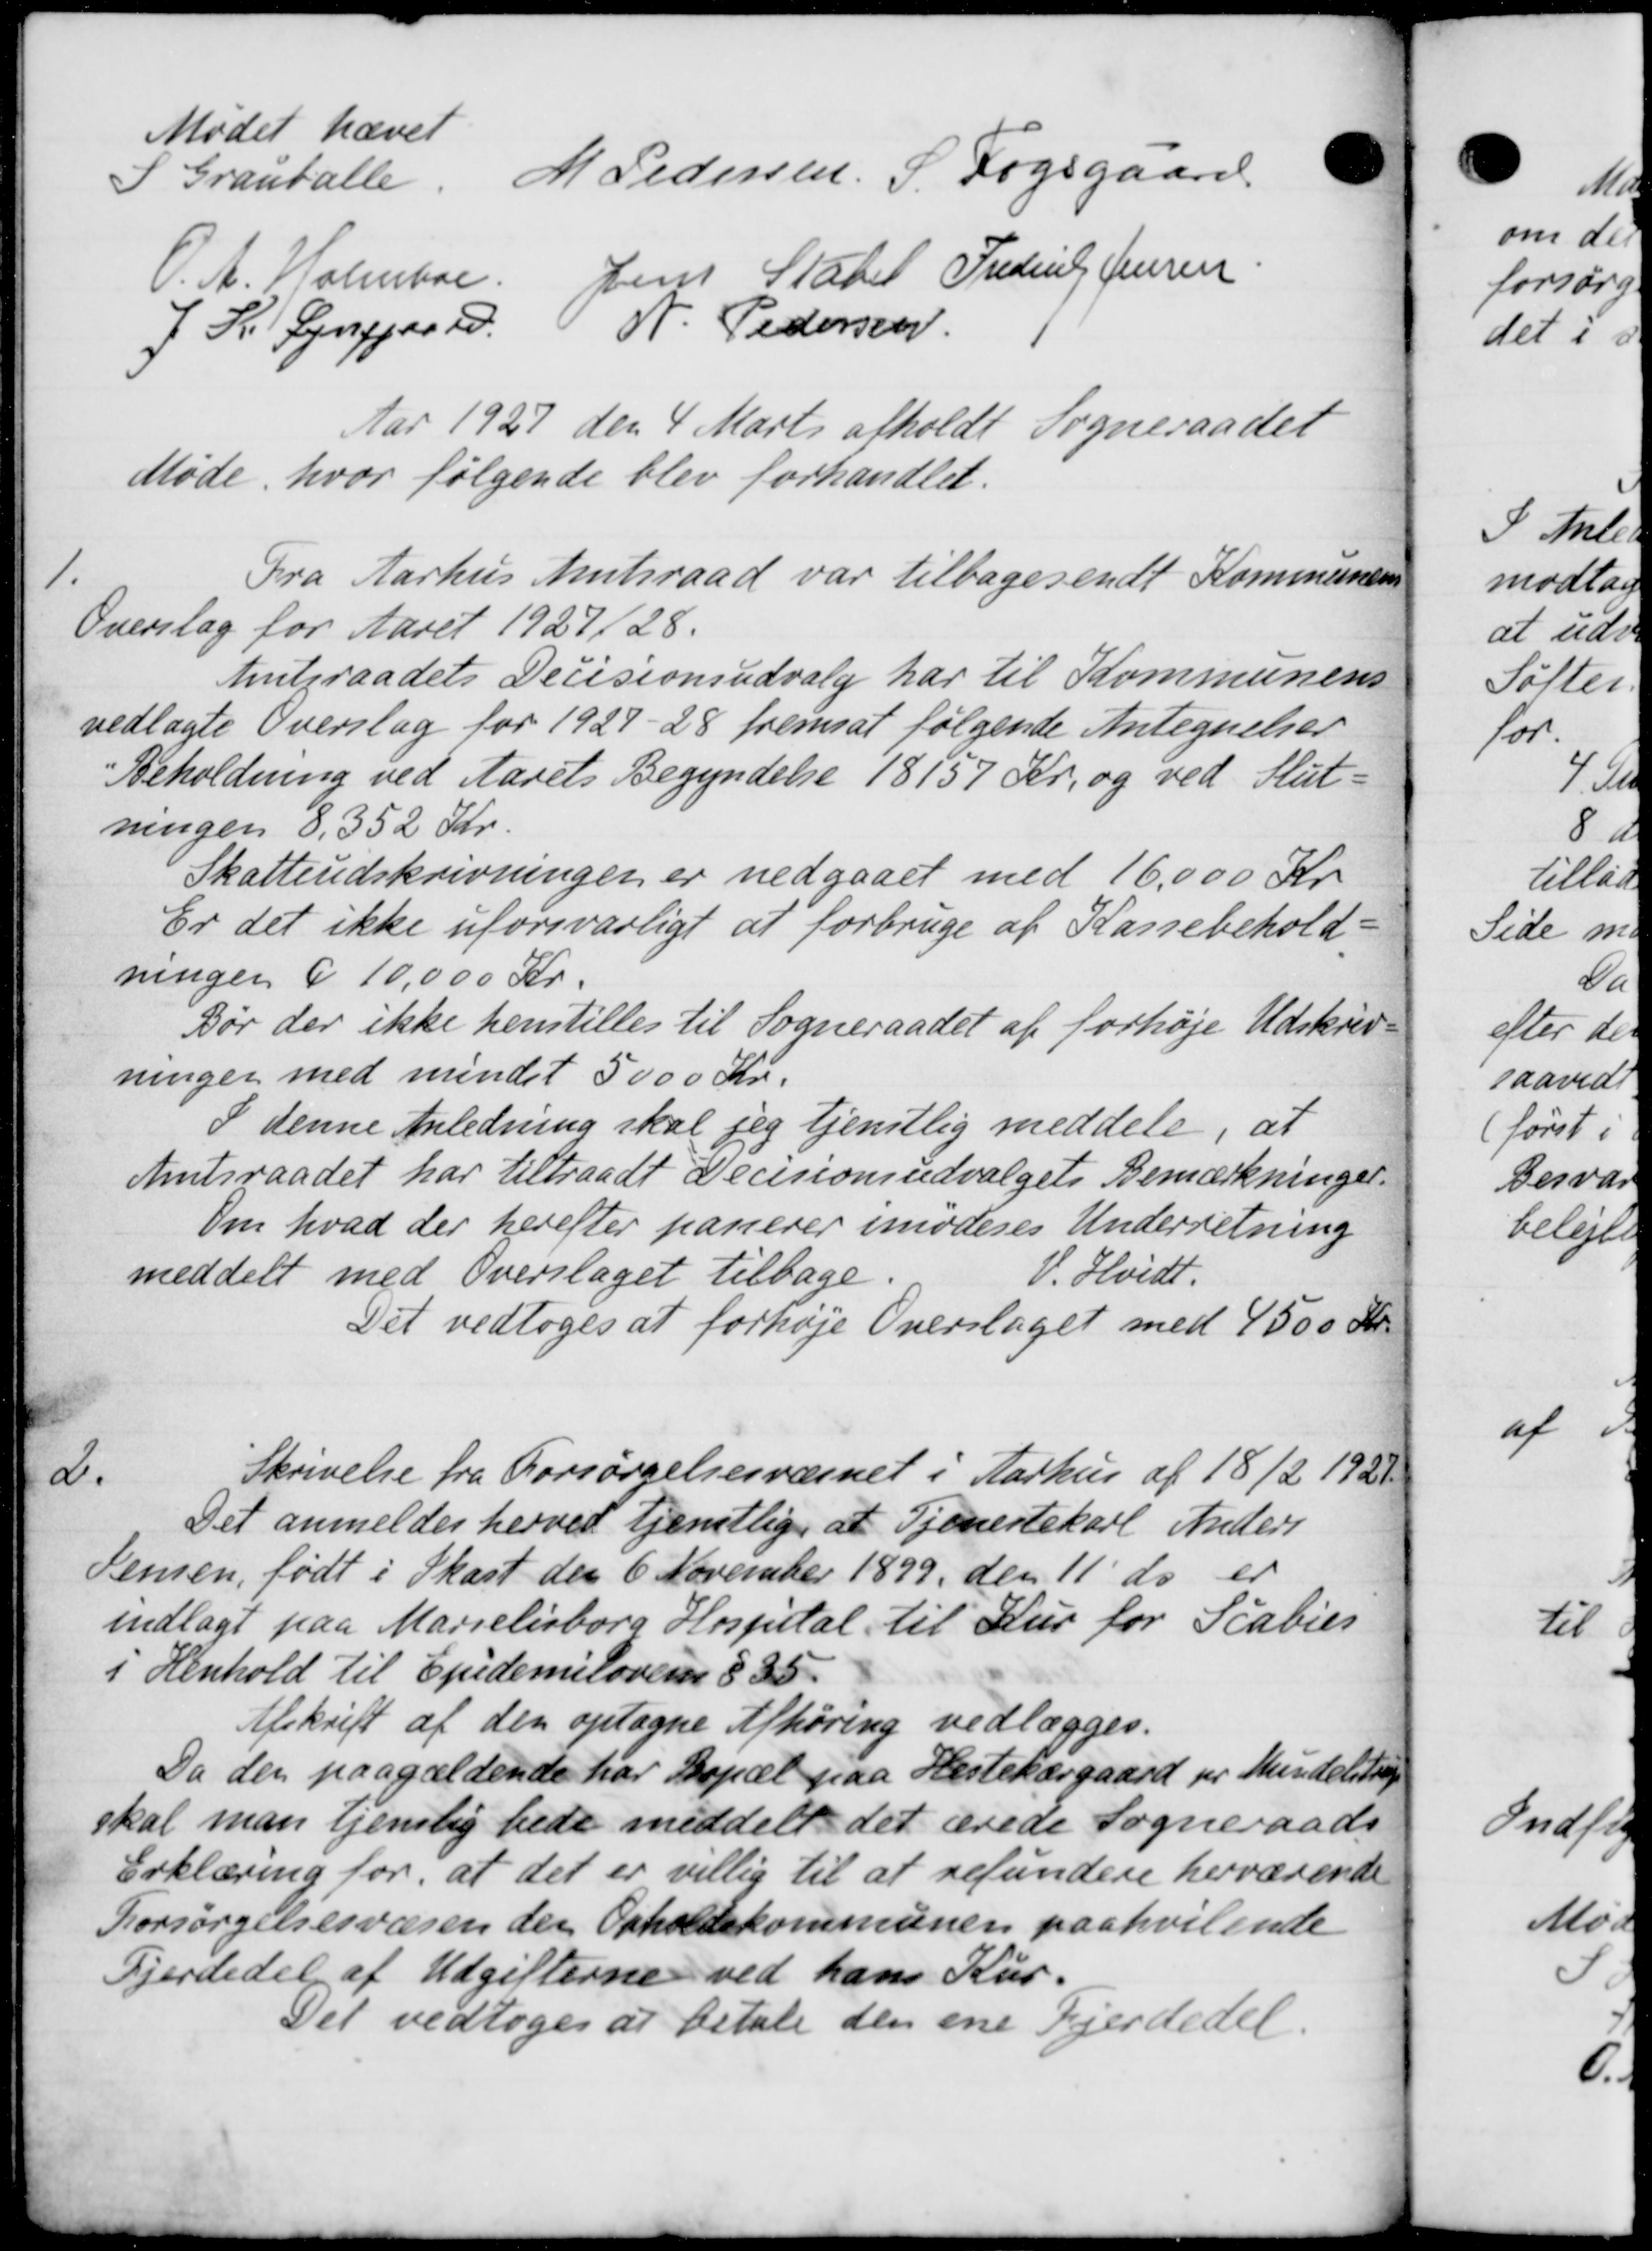
Transskription:
Mødet hævet
S Grauballe
M Pedersen, S. Fogsgaard
O. A. Holmboe.
Jens Stater Frederik Jensen
J. R. Lynggaard N. Pedersen
Aar 1927 den 4 Marts afholdt Sogneraadet
Møde, hvor følgende blev forhandlet.
1.
Fra Aarhus Amtsraad var tilbagesendt Kommunens
Overslag for Aaret 1927/28.
Amtsraadets Decisionsudvalg har til Kommunens
vedlagte Overslag for 1927-28 fremsat følgende Antegnelser
Beholdning ved Aarets Begyndelse 18157 Kr. og ved Slut-
ningen 8,352 Kr.
Skatteudskrivninger er nedgaaet med 16.000 Kr
Er det ikke uforsvarligt at forbruge af Kassebehold-
ningen i 10,000 Kr.
Bør der ikke henstilles til Sogneraadet af forhøje Udskriv-
ninger med mindst 5000 Kr.
I denne Anledning skal jeg tjenstlig meddele, at
Amtsraadet har tiltraadt Decisionsudvalgets Bemærkninger.
om hvad der herefter passerer imoderes Underretning
meddelt med Overslaget tilbage.
V. Hvidt.
Det vedtoges at forhøje Overslaget med 4500 Kr.
d.
Skrivelse fra Forsørgelsesvæsnet i Aarhus af 18/2 1921
Det anmeldes herved tjenstlig at Tjenestekarl Anders
Semen, født i Skast den 6 November 1899 den 11' ds. er
indlagt paa Marielisborg Hospital til Kur for Scabier
i Henhold til Epidemiloven § 35.
Afskrift af den optagne Afhøring vedlægges.
Da den paagældende har Bopæl paa Hestekærgaard pr. Mundelstrup
skal man tjenlig bede meddelt det ærede Sogneraads-
Erklæring for, at det er villig til at refundere herværende
Forsørgelsesvæsen der Opholdskommunen paahvilende
Fjerdedel af Udgifterne ved hans Kur.
Det vedtoges at betale den ene Fjerdedel